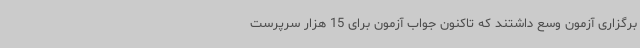
برگزاری آزمون وسع داشتند که تاکنون جواب آزمون برای 15 هزار سرپرست